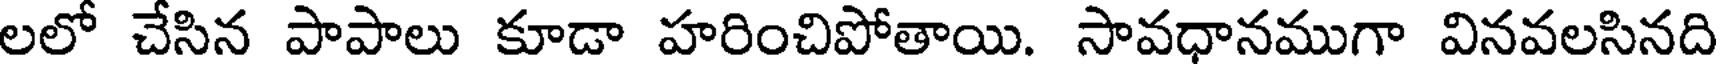
లలో చేసిన పాపాలు కూడా హరించిపోతాయి. సావధానముగా వినవలసినది